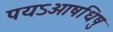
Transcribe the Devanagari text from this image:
पयऽओषधिषु